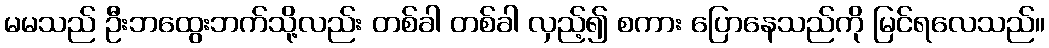
မမသည် ဦးဘထွေးဘက်သို့လည်း တစ်ခါ တစ်ခါ လှည့်၍ စကား ပြောနေသည်ကို မြင်ရလေသည်။